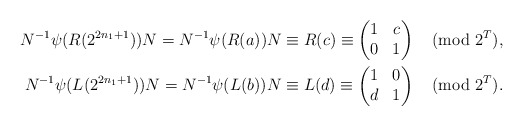
\begin{align*}\begin{aligned}N^{-1}\psi(R(2^{2n_1+1}))N = N^{-1}\psi(R(a))N \equiv R(c)\equiv\left( \begin{matrix} 1 & c \\ 0 & 1 \end{matrix}\right) \pmod{2^T}, \\N^{-1}\psi(L(2^{2n_1+1}))N =N^{-1}\psi(L(b))N \equiv L(d) \equiv \left( \begin{matrix} 1 & 0 \\ d & 1 \end{matrix}\right) \pmod{2^T}.\end{aligned}\end{align*}